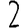
Digit: 2